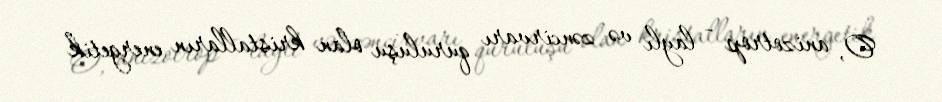
O, anizotrop - laylı və zəncirvarı quruluşu olan kristalların energetik